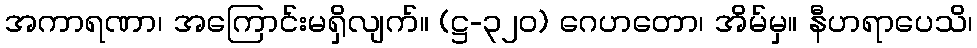
အကာရဏာ၊ အကြောင်းမရှိလျက်။ (ဋ္ဌ-၃၂၀) ဂေဟတော၊ အိမ်မှ။ နီဟရာပေသိ၊